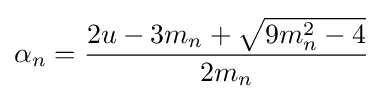
\alpha _{n}={\frac {2u-3m_{n}+{\sqrt {9m_{n}^{2}-4}}}{2m_{n}}}